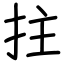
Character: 拄